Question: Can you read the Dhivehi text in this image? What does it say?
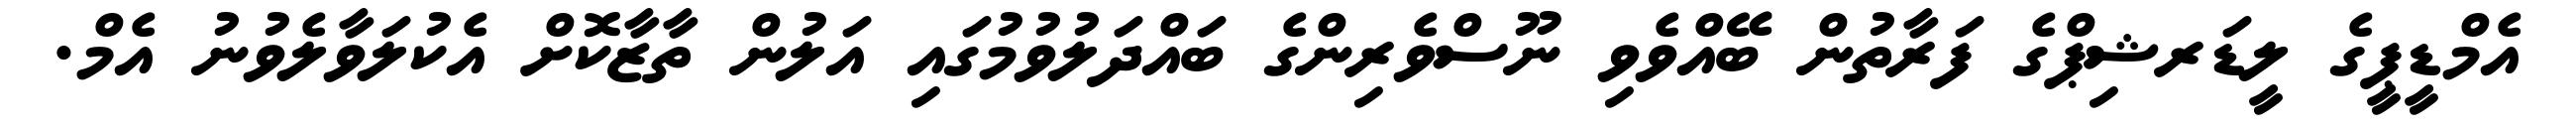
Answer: އެމްޑީޕީގެ ލީޑަރޝިޕްގެ ފަރާތުން ބޭއްވެވި ނޫސްވެރިންގެ ބައްދަލުވުމުގައި އަލުން ތާޒާކޮށް އެކުލަވާލެވުނު އެމް.